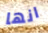
انها